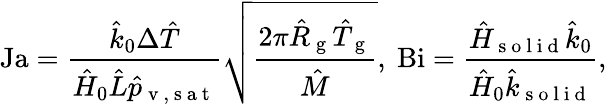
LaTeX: \mathrm{Ja}=\frac{\hat{k}_{0}\Delta\hat{T}}{\hat{H}_{0}\hat{L}\hat{p}_{\mathrm{~v~,~s~a~t~}}}\sqrt{\frac{2\pi\hat{R}_{\mathrm{~g~}}\hat{T}_{\mathrm{~g~}}}{\hat{M}}},\ \mathrm{Bi}=\frac{\hat{H}_{\mathrm{~s~o~l~i~d~}}\hat{k}_{0}}{\hat{H}_{0}\hat{k}_{\mathrm{~s~o~l~i~d~}}},